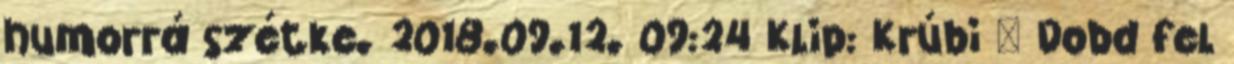
humorrá szétke. 2018.09.12. 09:24 Klip: Krúbi – Dobd fel